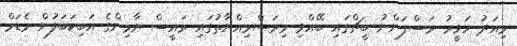
މިއަދު ހަވީރު ރަސްފަންނު ބީޗްގައި ބޭއްވި މިރަސްމިއްޔާތުގައި ރައީސް ޔާމިންގެ އަބިކަބަލުން މެޑަމް